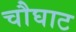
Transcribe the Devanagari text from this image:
चौघाट